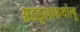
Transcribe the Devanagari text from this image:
अडडूलाकथोल्हू